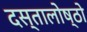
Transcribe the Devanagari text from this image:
दस्तालोष्ठो